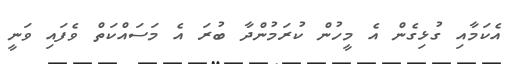
އެކަމާއި ގުޅިގެން އެ މީހުން ކުރަމުންދާ ބުރަ އެ މަސައްކަތް ވެފައި ވަނީ